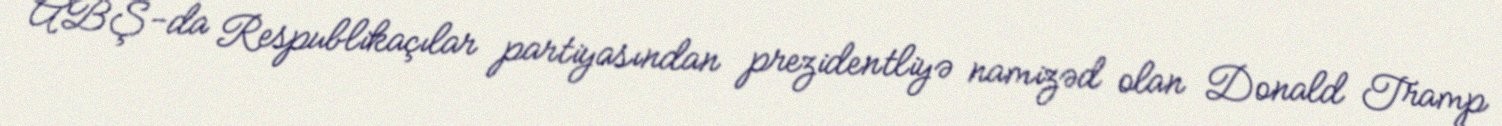
ABŞ-da Respublikaçılar partiyasından prezidentliyə namizəd olan Donald Tramp